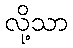
လို့သာ